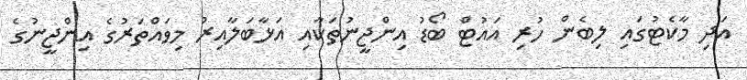
އަދި މާކެޓުގައި ލިބެން ހުރި އައުޓް ބޯޑު އިންޖީނުތަކާއި އަޅާބަލާއިރު މިވައްތަރުގެ އިންޖީނުގެ